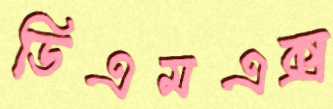
ডিএমএক্স